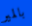
بالمير